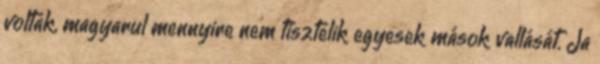
voltak, magyarul mennyire nem tisztelik egyesek mások vallását. Ja